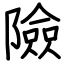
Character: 險